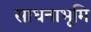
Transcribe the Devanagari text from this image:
साधनाभूमि